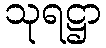
သုရဋ္ဌာ